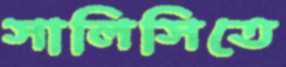
সালিসিতে